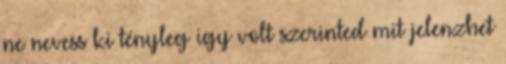
ne nevess ki tényleg igy volt szerinted mit jelenzhet